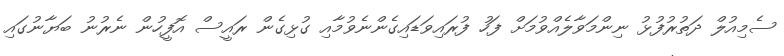
ސެމިއުލް ދަތުރުފުޅު ނިންމަވާލެއްވުމަށް ފަހު ފުރައިވަޑައިގެންނެވުމާއި ގުޅިގެން ރައީސް އޮފީހުން ނެރުނު ބަޔާނުގައި